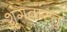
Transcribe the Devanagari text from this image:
शृंगवांस्तु